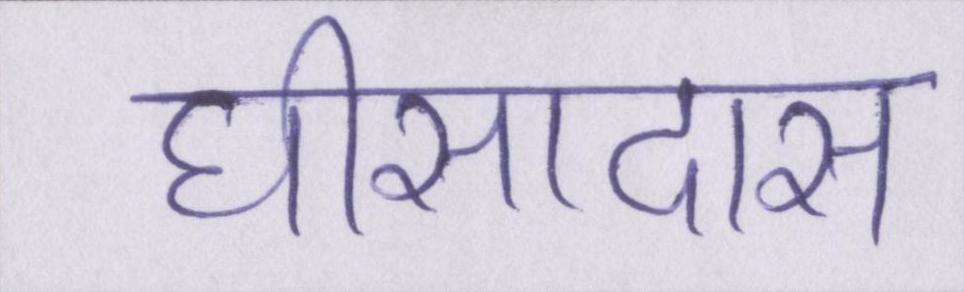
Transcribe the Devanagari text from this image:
घीसादास